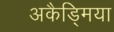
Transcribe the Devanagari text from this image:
अकैड्मिया